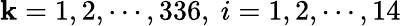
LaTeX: \mathbf{k}=1,2,\cdots,336,~i=1,2,\cdots,14